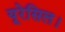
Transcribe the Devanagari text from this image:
यूरेसिल।